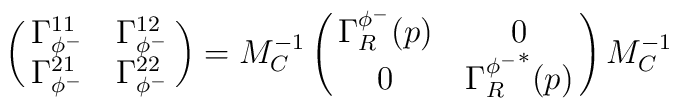
\left(\matrix{\Gamma_{\phi^-}^{11}&\Gamma_{\phi^-}^{12}\cr\Gamma_{\phi^-}^{21}&\Gamma_{\phi^-}^{22}\cr}\right)=M_C^{-1}\left(\matrix{\Gamma_R^{\phi^-}(p)&0\cr 0&    {\Gamma_R^{\phi^-}}^*(p)\cr}\right)M_C^{-1}